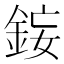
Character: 𨦩